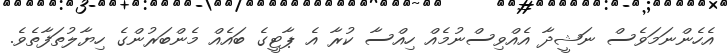
އެހެންނަމަވެސް ނަޝީދާ އެއްވިސްނުމެއް ހިއްސާ ކުރާ އެ ޕާޓީގެ ބައެއް މެންބަރުންގެ ހިޔާލުތަފާތެވެ.